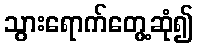
သွားရောက်တွေ့ဆုံ၍